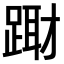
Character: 𨃁